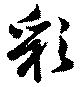
彩